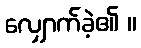
လျှောက်ခဲ့၏ ။